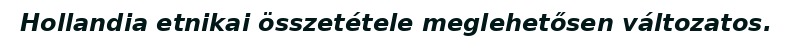
Hollandia etnikai összetétele meglehetősen változatos.